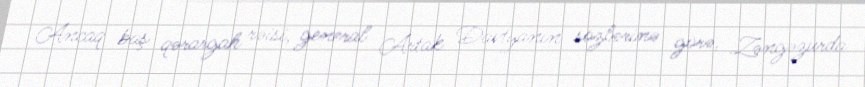
Ancaq baş qərargah rəisi, general Artak Davtyanın sözlərinə görə, Zəngəzurda